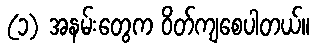
(၁) အနမ်းတွေက ဝိတ်ကျစေပါတယ်။